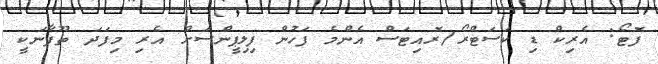
ފޮޓޯ: އެރިކް ޑި ކަސަޓްރޯ/ރޮއިޓަސް އެންމެ ފަހުން ފިލިޕީންސަށް އެރި މިފަދަ ތޫފާނަކީ